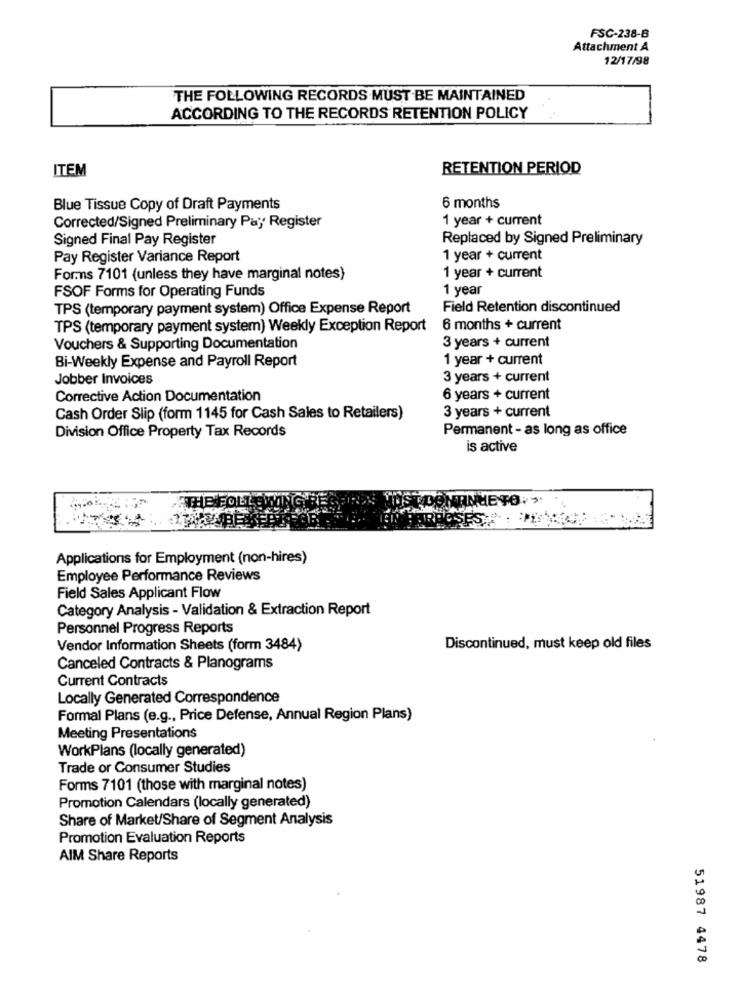
FSC-238-B
Attachment A
12/17/98
THE FOLLOWING RECORDS MUST BE MAINTAINED
ACCORDING TO THE RECORDS RETENTION POLICY
ITEM
RETENTION PERIOD
Blue Tissue Copy of Draft Payments
6 months
1 year + current
Corrected/Signed Preliminary Pay Register
Signed Final Pay Register
Replaced by Signed Preliminary
Pay Register Variance Report
1 year + current
Forms 7101 (unless they have marginal notes}
1 year + current
1 year
FSOF Forms for Operating Funds
TPS (temporary payment system) Office Expense Report
Field Retention discontinued
TPS (temporary payment system) Weekly Exception Report 6 months + current
3 years + current
Vouchers & Supporting Documentation
Bi-Weekly Expense and Payroll Report
1 year + current
Jobber Invoices
3 years + current
Corrective Action Documentation
6 years + current
3 years + current
Cash Order Slip (form 1145 for Cash Sales to Retailers)
Permanent - as long as office
Division Office Property Tax Records
is active
Applications for Employment (non-hires)
Employee Performance Reviews
Field Sales Applicant Flow
Category Analysis - Validation & Extraction Report
Personnel Progress Reports
Vendor Information Sheets (form 3484)
Discontinued, must keep old files
Canceled Contracts & Planograms
Current Contracts
Locally Generated Correspondence
Formal Plans (e.g ., Price Defense, Annual Region Plans)
Meeting Presentations
WorkPlans (locally generated)
Trade or Consumer Studies
Forms 7101 (those with marginal notes)
Promotion Calendars (locally generated)
Share of Market/Share of Segment Analysis
Promotion Evaluation Reports
AIM Share Reports
51987 4478